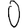
Digit: 0